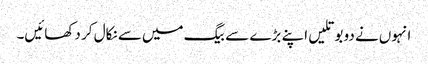
انہوں‌نے دو بوتلیں اپنے بڑے سے بیگ میں‌سے نکال کر دکھائیں۔